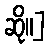
ဆို။]